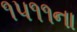
૧૫૧૧ના